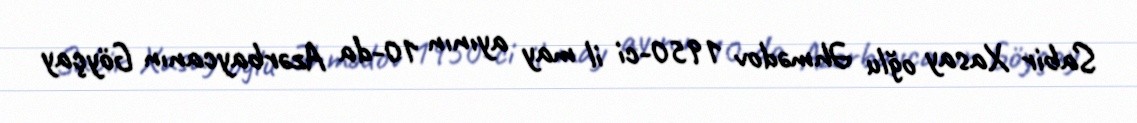
Sabir Xasay oğlu Əhmədov 1950-ci il may ayının 10-da Azərbaycanın Göyçay